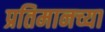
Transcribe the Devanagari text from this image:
प्रतिमानच्या